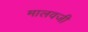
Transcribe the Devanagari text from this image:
मालवजी